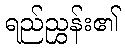
ရည်ညွှန်း၏